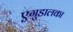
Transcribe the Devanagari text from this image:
एगुडालका